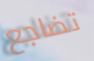
تضاجع